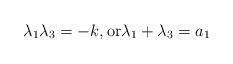
LaTeX: \begin{align*} \lambda_1\lambda_3=-k,\mbox{or}\lambda_1+\lambda_3=a_1\end{align*}